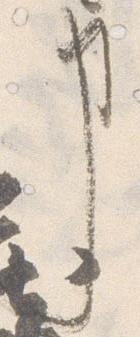
事